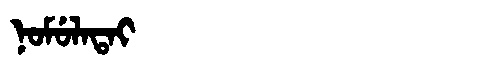
Manchu: ᠨᠣᠮᡠᠯᠠᡨᠠᡳ
Romanization: NOMULATAI